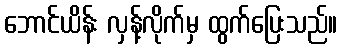
ဘောင်ယိန်း လှန့်လိုက်မှ ထွက်ပြေးသည်။